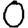
Digit: 0